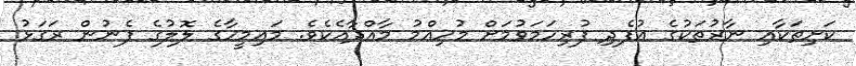
ކަށިތަކާއި ނާރުތަކުގެ އުފެދި ފުރިހަމަވުމަށް މުހިއްމު މާއްދާއެކެވެ. މައިމީހާގެ ލޮލުގެ ފެނުން ރަގަޅު